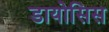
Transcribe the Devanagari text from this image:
डायोसिस